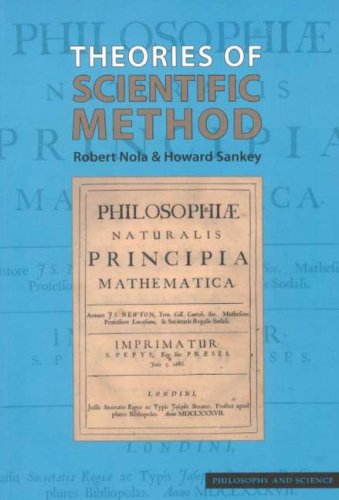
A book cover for Theories of Scientific Method (Philosophy and Science); Robert Nola; Politics & Social Sciences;